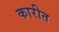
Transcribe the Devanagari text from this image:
कारीत